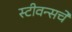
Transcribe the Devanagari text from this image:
स्टीवन्सचे